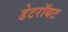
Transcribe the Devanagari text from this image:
डेटरॉयट